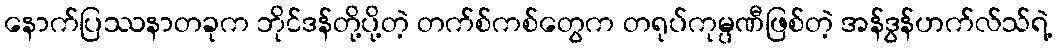
နောက်ပြဿနာတခုက ဘိုင်ဒန်တို့ပို့တဲ့ တက်စ်ကစ်တွေက တရုပ်ကုမ္ပဏီဖြစ်တဲ့ အန်ဒွန်ဟက်လ်သ်ရဲ့